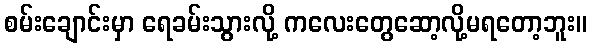
စမ်းချောင်းမှာ ရေခမ်းသွားလို့ ကလေးတွေဆော့လို့မရတော့ဘူး။